Scottish Certificate of Education, 1963
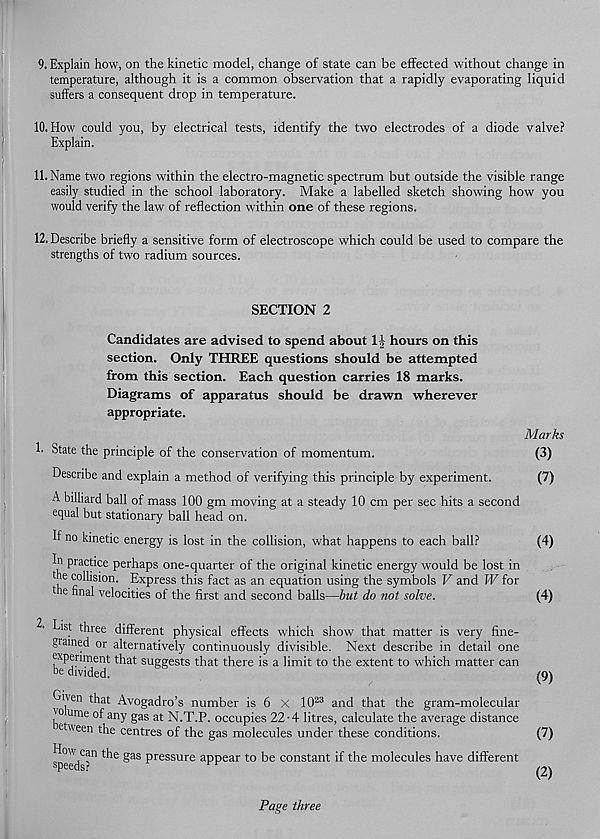
9. Explain how, on the kinetic model, change of state can be effected without change in
temperature, although it is a common observation that a rapidly evaporating liquid
suffers a consequent drop in temperature.
10. How could you, by electrical tests, identify the two electrodes of a diode valve?
Explain.
11. Name two regions within the electro-magnetic spectrum but outside the visible range
easily studied in the school laboratory. Make a labelled sketch showing how you
would verify the law of reflection within one of these regions.
12. Describe briefly a sensitive form of electroscope which could be used to compare the
strengths of two radium sources.
SECTION 2
Candidates are advised to spend about 1| hours on this
section. Only THREE questions should be attempted
from this section. Each question carries 18 marks.
Diagrams of apparatus should be drawn wherever
appropriate.
!■ State the principle of the conservation of momentum.
Describe and explain a method of verifying this principle by experiment.
A billiard ball of mass 100 gm moving at a steady 10 cm per sec hits a second
equal but stationary ball head on.
If no kinetic energy is lost in the collision, wdiat happens to each ball?
In practice perhaps one-quarter of the original kinetic energy would be lost in
the collision. Express this fact as an equation using the symbols V and W for
the final velocities of the first and second balls—but do not solve.
Marks
(3)
(7)
(4)
(4)
tst three different physical effects which show that matter is very fine-
grained or alternatively continuously divisible. Next describe in detail one
experiment that suggests that there is a limit to the extent to which matter can
be divided.
Gben that Avogadro’s number is 6 X 10 23 and that the gram-molecular
'o ume of any gas at N.T.P. occupies 22-4 litres, calculate the average distance
e "een the centres of the gas molecules under these conditions.
speed C ? n t^e ^a S P ressure a PP ear to be constant if the molecules have different
(9)
(7)
(2)
Page three